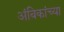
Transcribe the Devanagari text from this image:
अंबिकांच्या